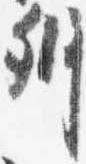
弁